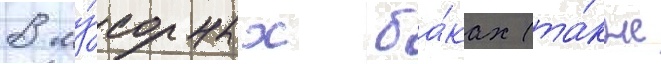
в му́сорных ба́ках (та́кже